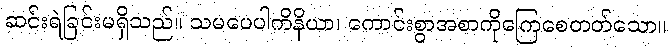
ဆင်းရဲခြင်းမရှိသည်။ သမပေပါကိနိယာ၊ ကောင်းစွာအစာကိုကြေစေတတ်သော။